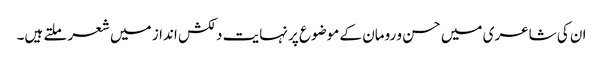
ان کی شاعری میں حسن و رومان کے موضوع پر نہایت دلکش انداز میں شعر ملتے ہیں۔